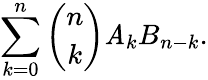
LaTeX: \sum_{k=0}^{n}{\binom{n}{k}}\mathit{A}_{k}B_{n-k}.